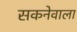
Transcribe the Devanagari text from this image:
सकनेवाला